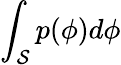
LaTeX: \int_{\mathcal{S}}p(\phi)d\phi